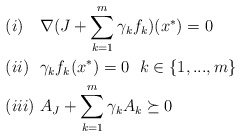
\begin{align*} &(i)\ \ \ \nabla(J+\sum\limits_{k=1}^m\gamma_k f_k)(x^*)=0\\ &(ii)\ \ \gamma_kf_k(x^*)=0\ \ k\in\{1,...,m\}\\ &(iii)\ A_J+\sum\limits_{k=1}^m\gamma_kA_k\succeq0 \end{align*}